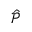
\hat { \mathcal { P } }